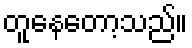
တူနေတော့သည်။